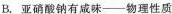
B.亚硝酸钠有成味——物理性质